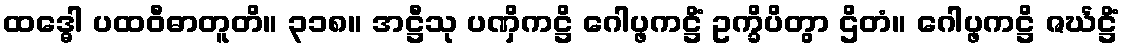
ထဒ္ဓေါ ပထဝီဓာတူတိ။ ၃၁၈။ အဋ္ဌီသု ပဏှိကဋ္ဌိ ဂေါပ္ဖကဋ္ဌိံ ဥက္ခိပိတွာ ဌိတံ။ ဂေါပ္ဖကဋ္ဌိ ဇင်္ဃဋ္ဌိံ